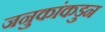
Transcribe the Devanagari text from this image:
जनुकांकडुन